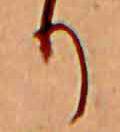
り